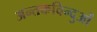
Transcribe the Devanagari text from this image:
अन्तकविन्दुओं